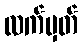
လက်မှတ်